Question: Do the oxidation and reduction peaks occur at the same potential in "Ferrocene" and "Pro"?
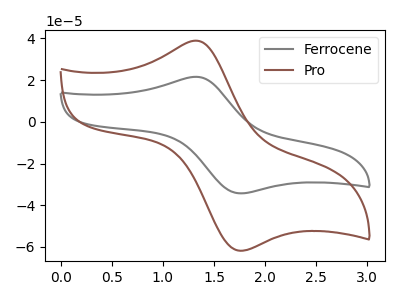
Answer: <think>The gray curve "Ferrocene" has an anodic peak at (1.35V, 21.60uA) and a cathodic peak at (1.75V, -34.30uA). The brown curve "Pro" has an anodic peak at (1.35V, 38.90uA) and a cathodic peak at (1.75V, -61.80uA).</think>
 <answer>Yes, "Ferrocene" have a peak in "Pro" at the same potential.</answer>
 <eval>match</eval>